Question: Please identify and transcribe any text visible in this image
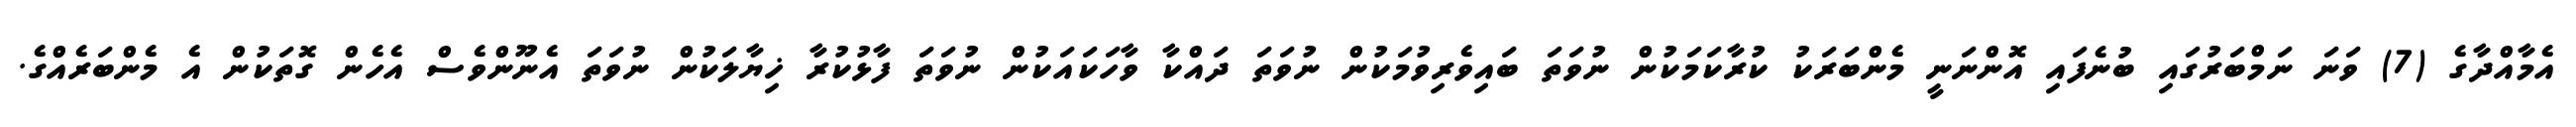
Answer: އެމާއްދާގެ (7) ވަނަ ނަމްބަރުގައި ބުނެފައި އޮންނަނީ މެންބަރަކު ކުރާކަމަކުން ނުވަތަ ބައިވެރިވުމަކުން ނުވަތަ ދައްކާ ވާހަކައަކުން ނުވަތަ ފާޅުކުރާ ޚިޔާލަކުން ނުވަތަ އެނޫންވެސް އެހެން ގޮތަކުން އެ މެންބަރެއްގެ.